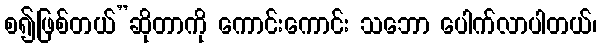
စ၍ဖြစ်တယ်”ဆိုတာကို ကောင်းကောင်း သဘော ပေါက်လာပါတယ်၊